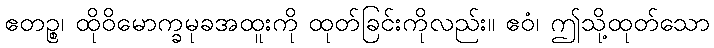
ဧတဉ္စ၊ ထိုဝိမောက္ခမုခအထူးကို ထုတ်ခြင်းကိုလည်း။ ဧဝံ၊ ဤသို့ထုတ်သော